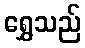
ရွှေသည်